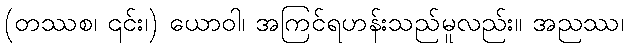
(တဿစ၊ ၎င်း၊) ယောဝါ၊ အကြင်ရဟန်းသည်မူလည်း။ အညဿ၊